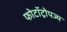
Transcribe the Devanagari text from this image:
फोटॉट्रोपज्म